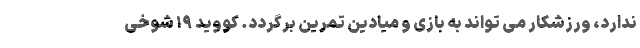
ندارد، ورزشکار می تواند به بازی و میادین تمرین برگردد. کووید ۱۹ شوخی